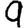
Digit: 9